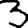
Digit: 3